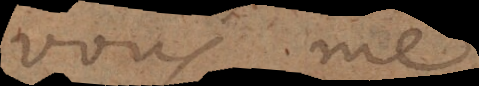
nous ne